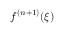
f ^ { ( n + 1 ) } ( \xi )